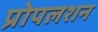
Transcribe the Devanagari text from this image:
प्रोपलशन